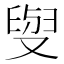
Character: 𠭭